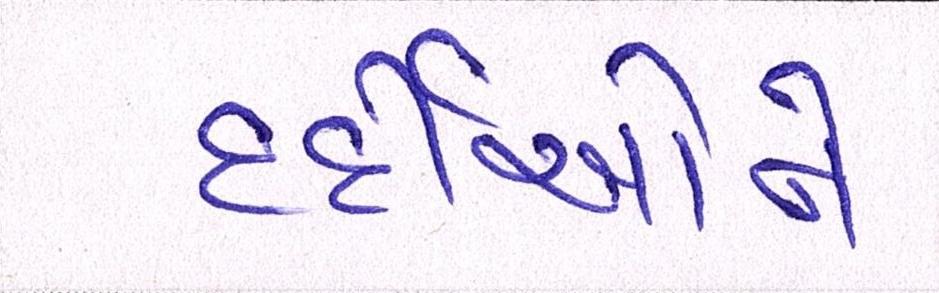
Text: દર્દીઓને